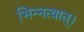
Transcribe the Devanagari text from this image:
भिन्नत्वात्।